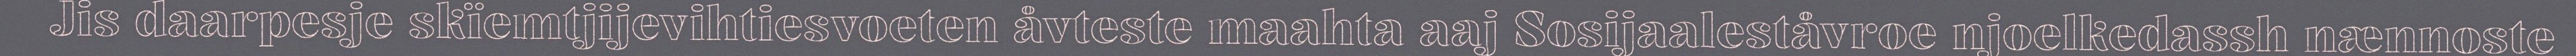
Jis daarpesje skïemtjijevihtiesvoeten åvteste maahta aaj Sosijaaleståvroe njoelkedassh nænnoste